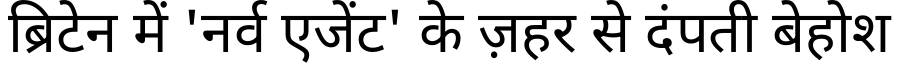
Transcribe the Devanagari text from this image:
ब्रिटेन में 'नर्व एजेंट' के ज़हर से दंपती बेहोश